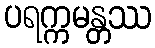
ပရက္ကမန္တဿ